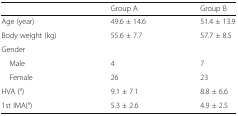
<table><thead><tr><td></td><td><b>Group A</b></td><td><b>Group B</b></td></tr></thead><tbody><tr><td>Age (year)</td><td>49.6 ± 14.6</td><td>51.4 ± 13.9</td></tr><tr><td>Body weight (kg)</td><td>55.6 ± 7.7</td><td>57.7 ± 8.5</td></tr><tr><td colspan="3">Gender</td></tr><tr><td> Male</td><td>4</td><td>7</td></tr><tr><td> Female</td><td>26</td><td>23</td></tr><tr><td>HVA (°)</td><td>9.1 ± 7.1</td><td>8.8 ± 6.6</td></tr><tr><td>1st IMA(°)</td><td>5.3 ± 2.6</td><td>4.9 ± 2.5</td></tr></tbody></table>